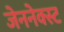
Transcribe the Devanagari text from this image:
जेननेक्स्ट